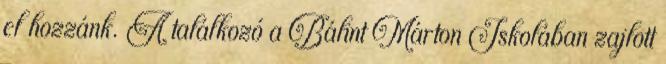
el hozzánk. A találkozó a Bálint Márton Iskolában zajlott